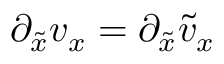
\begin{array} { r } { \partial _ { \tilde { x } } v _ { x } = \partial _ { \tilde { x } } \tilde { v } _ { x } } \end{array}